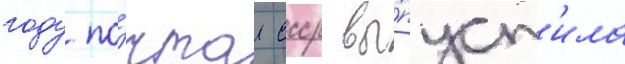
году по́чта ссср вы́пуст'ила